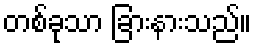
တစ်ခုသာ ခြားနားသည်။